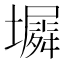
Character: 𫮵